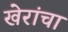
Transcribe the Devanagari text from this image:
खेरांचा